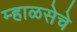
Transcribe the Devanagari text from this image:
म्हाळसेचे